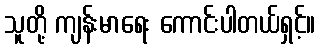
သူတို့ ကျန်းမာရေး ကောင်းပါတယ်ရှင့်။